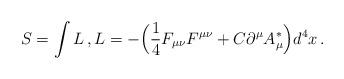
LaTeX: \begin{align*} S=\int L \,,L=-\Big(\frac14 F_{\mu\nu}F^{\mu\nu}+C\partial^\mu A_\mu^\ast\Big)d^4x\,.\end{align*}